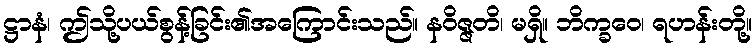
ဋ္ဌာနံ၊ ဤသို့ပယ်စွန့်ခြင်း၏အကြောင်းသည်။ နဝိဇ္ဇတိ၊ မရှိ။ ဘိက္ခဝေ၊ ရဟန်းတို့။